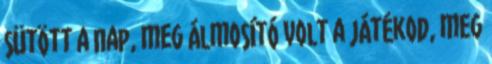
sütött a nap, meg álmosító volt a játékod, meg